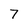
Character: 7